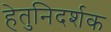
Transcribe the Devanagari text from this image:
हेतुनिदर्शक